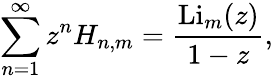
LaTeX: \sum_{n=1}^{\infty}z^{n}H_{n,m}={\frac{\operatorname{Li}_{m}(z)}{1-z}},